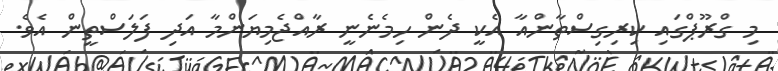
މި ގްރޫޕްގައި ކިރިގިސްތާންއާ އެކީ ދެން ހިމެނެނީ ރާއްޖެމިޔަންމާ އަދި ފަލަސްތީން އެވެ.